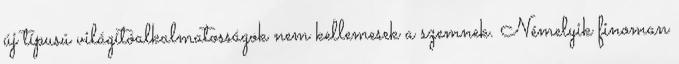
új típusú világítóalkalmatosságok nem kellemesek a szemnek. Némelyik finoman